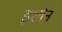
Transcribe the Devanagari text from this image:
इर्शान